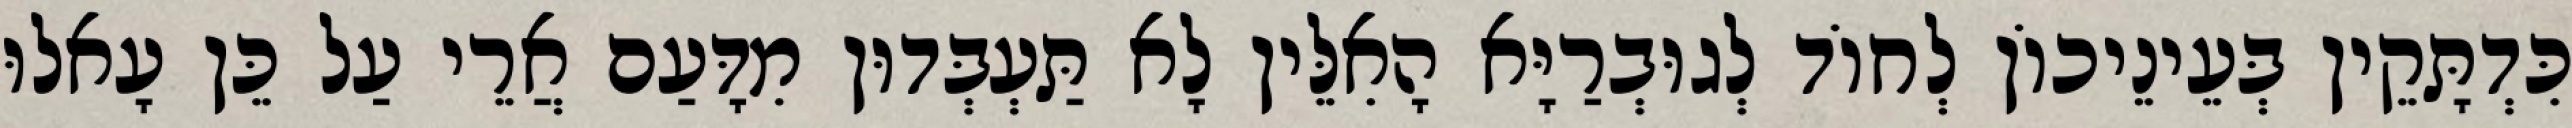
כִּדְתָּקֵין בְּעֵינֵיכוֹן לְחוֹד לְגוּבְרַיָּא הָאִלֵּין לָא תַּעְבְּדוּן מִדָּעַם אֲרֵי עַל כֵּן עָאלוּ